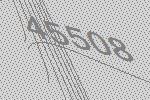
45508